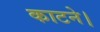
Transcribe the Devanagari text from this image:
काटने।